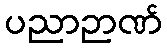
ပညာဉာဏ်